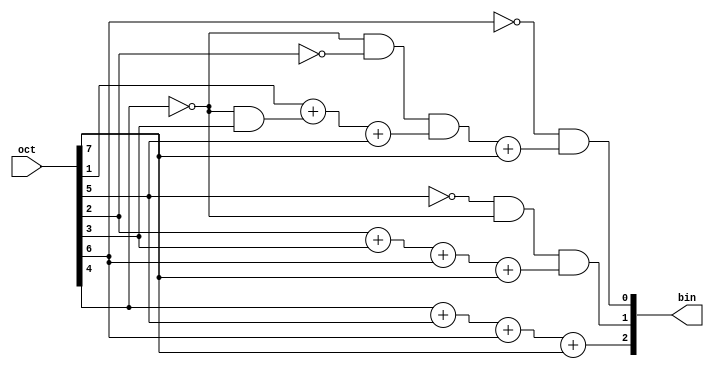
// Priority Octal to octary encoder
module Encoder (oct, bin);
	input [7:0] oct;
	output [2:0] bin;

	assign bin[0] = !oct[6] & (!oct[4] & !oct[2] & oct[1] + (!oct[4] & oct[3]) + oct[5]) + oct[7];
	assign bin[1] = !oct[5] & !oct[4] & (oct[2] + oct[3]) + oct[6] + oct[7];
	assign bin[2] = oct[4] + oct[5] + oct[6] + oct[7];

	/*assign oct[0] = oct[1] | oct[3] | oct[5] | oct[7];
	assign oct[1] = oct[2] | oct[3] | oct[6] | oct[7];
	assign oct[2] = oct[4] | oct[5] | oct[6] | oct[7];*/
endmodule